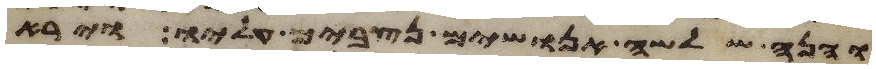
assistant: והנה שלשה אנושים נצבים עליו וירא